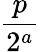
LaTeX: \frac{p}{2^{a}}